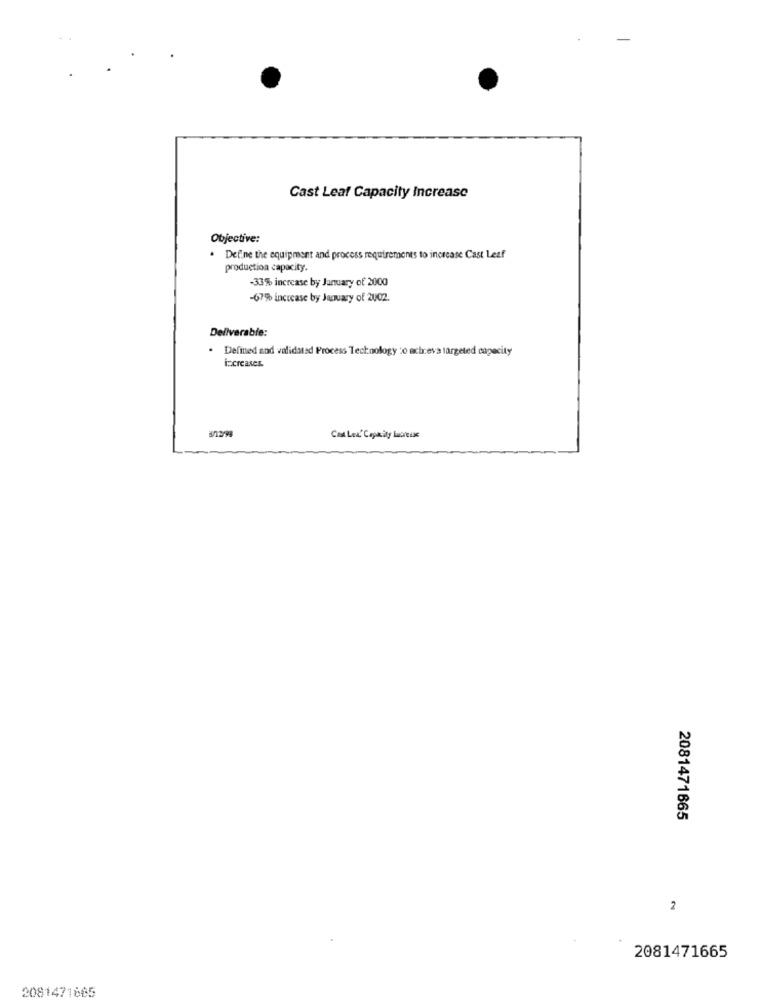
Cast Leaf Capacity Increase
Objective:
Define the equipment and process requirements to increase Cast Leaf
production capacity.
-33% increase by January of 2000
-675% increase by January of 2002.
Deliverable:
Defined and validated Process Technology to act.eva targeted capacity
increases.
Cast Lea' Capacity lubreise
2081471665
2
2081471665
2081471865